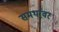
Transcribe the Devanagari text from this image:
समर्थावर